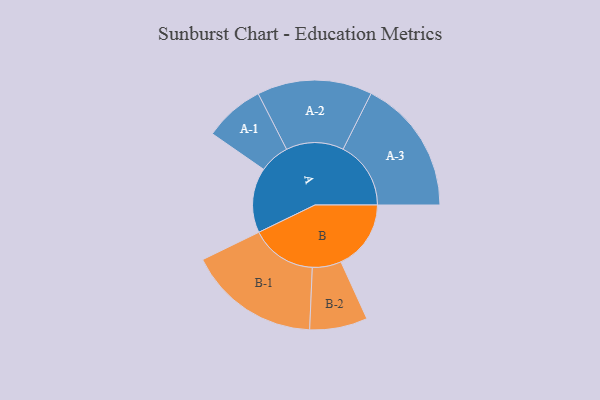
{"axis": {"x": "Segment", "y": "Value"}, "legend": ["", "A", "B"], "data": [{"x": "A", "y": 254, "type": ""}, {"x": "B", "y": 274, "type": ""}, {"x": "A-1", "y": 118, "type": "A"}, {"x": "A-2", "y": 225, "type": "A"}, {"x": "A-3", "y": 265, "type": "A"}, {"x": "B-1", "y": 258, "type": "B"}, {"x": "B-2", "y": 113, "type": "B"}]}